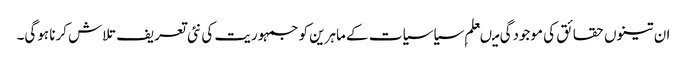
ان تینوں حقائق کی موجودگی میںعلم ِسیاسیات کے ماہرین کو جمہوریت کی نئی تعریف تلاش کرنا ہوگی۔